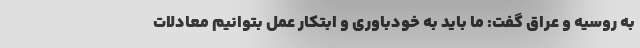
به روسیه و عراق گفت: ما باید به خودباوری و ابتکار عمل بتوانیم معادلات